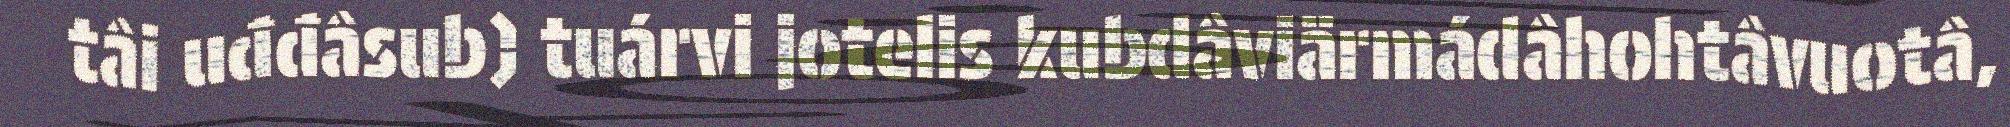
tâi uđđâsub) tuárvi jotelis kubdâviärmádâhohtâvuotâ,